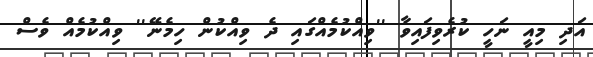
އަދި މިއީ ނަހީ ކުރެވިފައިވާ ''ވިއްކުމެއްގައި ދެ ވިއްކުން ހިމެނޭ'' ވިއްކުމެއް ވެސް